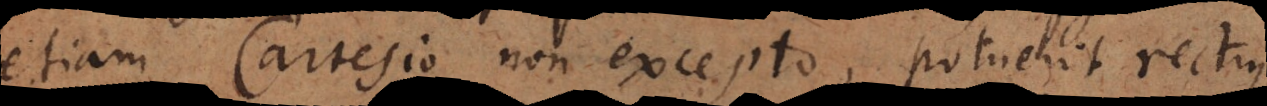
etiam Cartesio non excepto, potuerit rectius